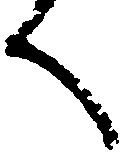
く